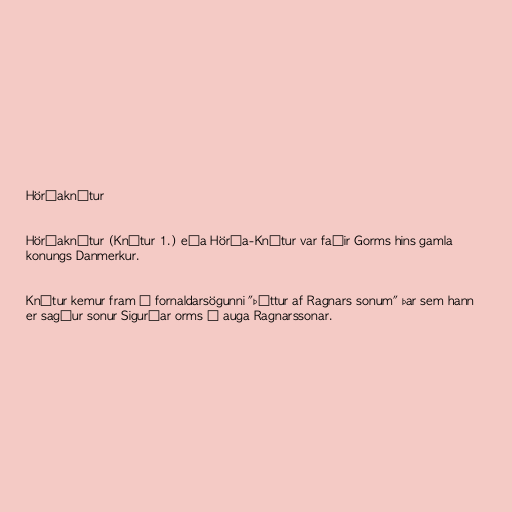
Hörðaknútur

Hörðaknútur (Knútur 1.) eða Hörða-Knútur var faðir Gorms hins gamla
konungs Danmerkur.

Knútur kemur fram í fornaldarsögunni "Þáttur af Ragnars sonum" þar sem hann
er sagður sonur Sigurðar orms í auga Ragnarssonar.